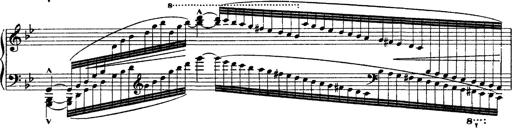
Title: Ã‰tudes d'exÃ©cution transcendante d'aprÃ¨s Paganini
Composer: Franz Liszt